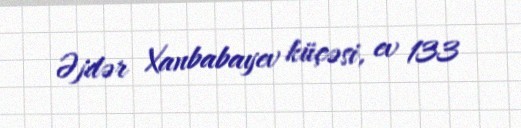
Əjdər Xanbabayev küçəsi, ev 133